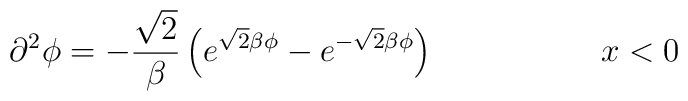
\partial^{2} \phi =-\frac{\sqrt{2}}{\beta}\left(e^{\sqrt{2} \beta \phi}-e^{-\sqrt{2} \beta \phi} \right) \hspace{.5in} \qquad  x<0